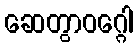
ဆေတွာဝဂ္ဂေါ